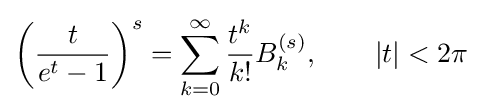
\left({\frac {t}{e^{t}-1}}\right)^{s}=\sum _{k=0}^{\infty }{\frac {t^{k}}{k!}}B_{k}^{(s)},\qquad |t|<2\pi